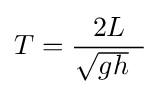
T={\frac {\ \ 2L\ \ }{\!\!\!{\sqrt {gh}}}}